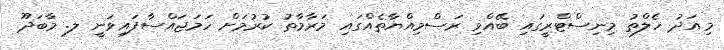
މިއަދު ހެލްތު މިނިސްޓްރީގައި ބޭއްވި ރަސްމިއްޔާތެއްގައި މަރާމާތު ކުރުމަށް ހަމަޖައްސާފައިވަނީ ލ. މާބަދޫ